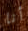
أنا